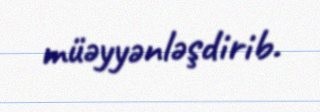
müəyyənləşdirib.